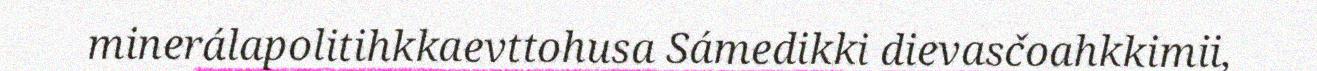
minerálapolitihkkaevttohusa Sámedikki dievasčoahkkimii,